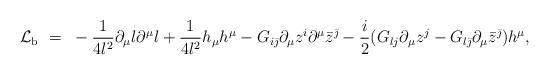
LaTeX: \begin{align*}{\cal L}_{\rm b} ~=~- \frac{1}{4l^2}\partial_{\mu}l\partial^{\mu}l + \frac{1}{4l^2}h_{\mu}h^{\mu} - G_{i\bar{\jmath}}\partial_{\mu}{z^i}\partial^{\mu}{\bar{z}^{\bar{\jmath}}} -\frac{i}{2}(G_{lj}\partial_{\mu}{z^j} -G_{l\bar{\jmath}}\partial_{\mu}{\bar{z}^{\bar{\jmath}}})h^{\mu},\end{align*}